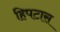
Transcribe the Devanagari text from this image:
हिपटास